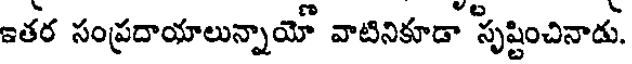
ఇతర సంప్రదాయాలున్నాయో వాటినికూడా 'సృష్టించినాడు.